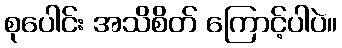
စုပေါင်း အသိစိတ် ကြောင့်ပါပဲ။